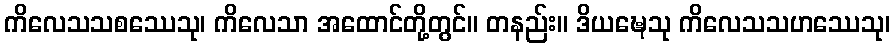
ကိလေသသစဿေသု၊ ကိလေသာ အထောင်တို့တွင်။ တနည်း။ ဒိယဍ္ဎေသု ကိလေသသဟဿေသု၊